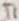
Text: T1